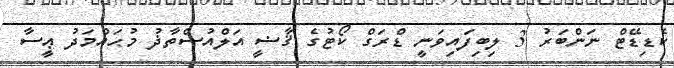
ކެޑިޑޭޓް ނަންބަރު 3 ލިބިފައިވަނީ ޑްރަގް ކޯޓުގެ ޤާޟީ އަލްއުސްތާޛު މުޙައްމަދު ޢީސާ